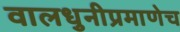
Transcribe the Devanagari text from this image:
वालधुनीप्रमाणेच